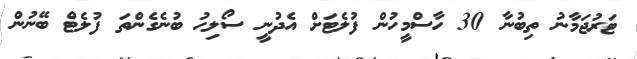
ޓަރުޖަމާނު ތިބުނާ 30 ހާސްމީހުން ފުލެޓަށް އެދުނީ ސޯލިހު ބުނެގެންތަ ފުލެޓް ބޭނުން